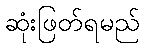
ဆုံးဖြတ်ရမည်